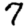
Digit: 7